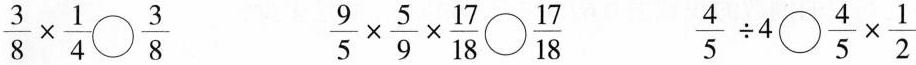
$$\frac{3}{8} \times \frac{1}{4} \bigcirc{} \frac{3}{8}$$ $$\frac{9}{5}\times \frac{5}{9}\times \frac{17}{18} \bigcirc{} \frac{17}{18}$$ $$\frac{4}{5}\div 4 \bigcirc{} \frac{4}{5}\times \frac{1}{2}$$